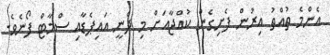
އެންމެ ތުއްތު އިރުން ފެށިގެން ކުއްޖާއަށް މި ދެނީ އައިޕެޑާއި ސްމާޓް ފޯނެވެ.